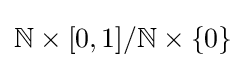
\mathbb {N} \times [0,1]/\mathbb {N} \times \{0\}